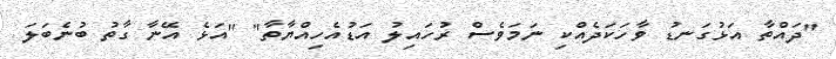
"ދައްތާ އަޅުގަނޑު ވާހަކަދެއްކި ނަމަވެސް ރުހައިލު އަޑުއެހިއްޔާތާ" "އަޅެ އޭނާ ގާތު ބުނެބަލަ